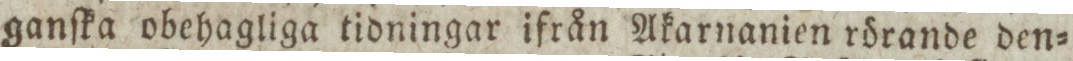
ganſka obehagliga tidningar ifrån Akarnanien rörande den=